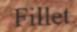
Fillet